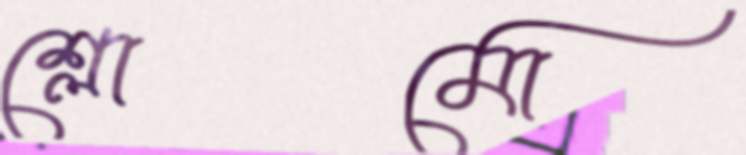
শ্লোমো